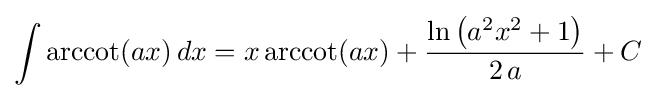
\int \operatorname {arccot}(ax)\,dx=x\operatorname {arccot}(ax)+{\frac {\ln \left(a^{2}x^{2}+1\right)}{2\,a}}+C